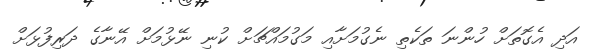
އަދި އެގޮތަށް ހުންނަ ތަކެތި ނެގުމަށާއި މަގުމަައްޗަށް ކުނި ނޭޅުމަށް އޭނާގެ ދަރިފުޅަށް